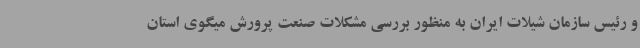
و رئیس سازمان شیلات ایران به منظور بررسی مشکلات صنعت پرورش میگوی استان